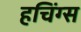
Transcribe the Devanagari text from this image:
हचिंग्स